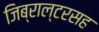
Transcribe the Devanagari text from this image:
जिब्राल्टरसह